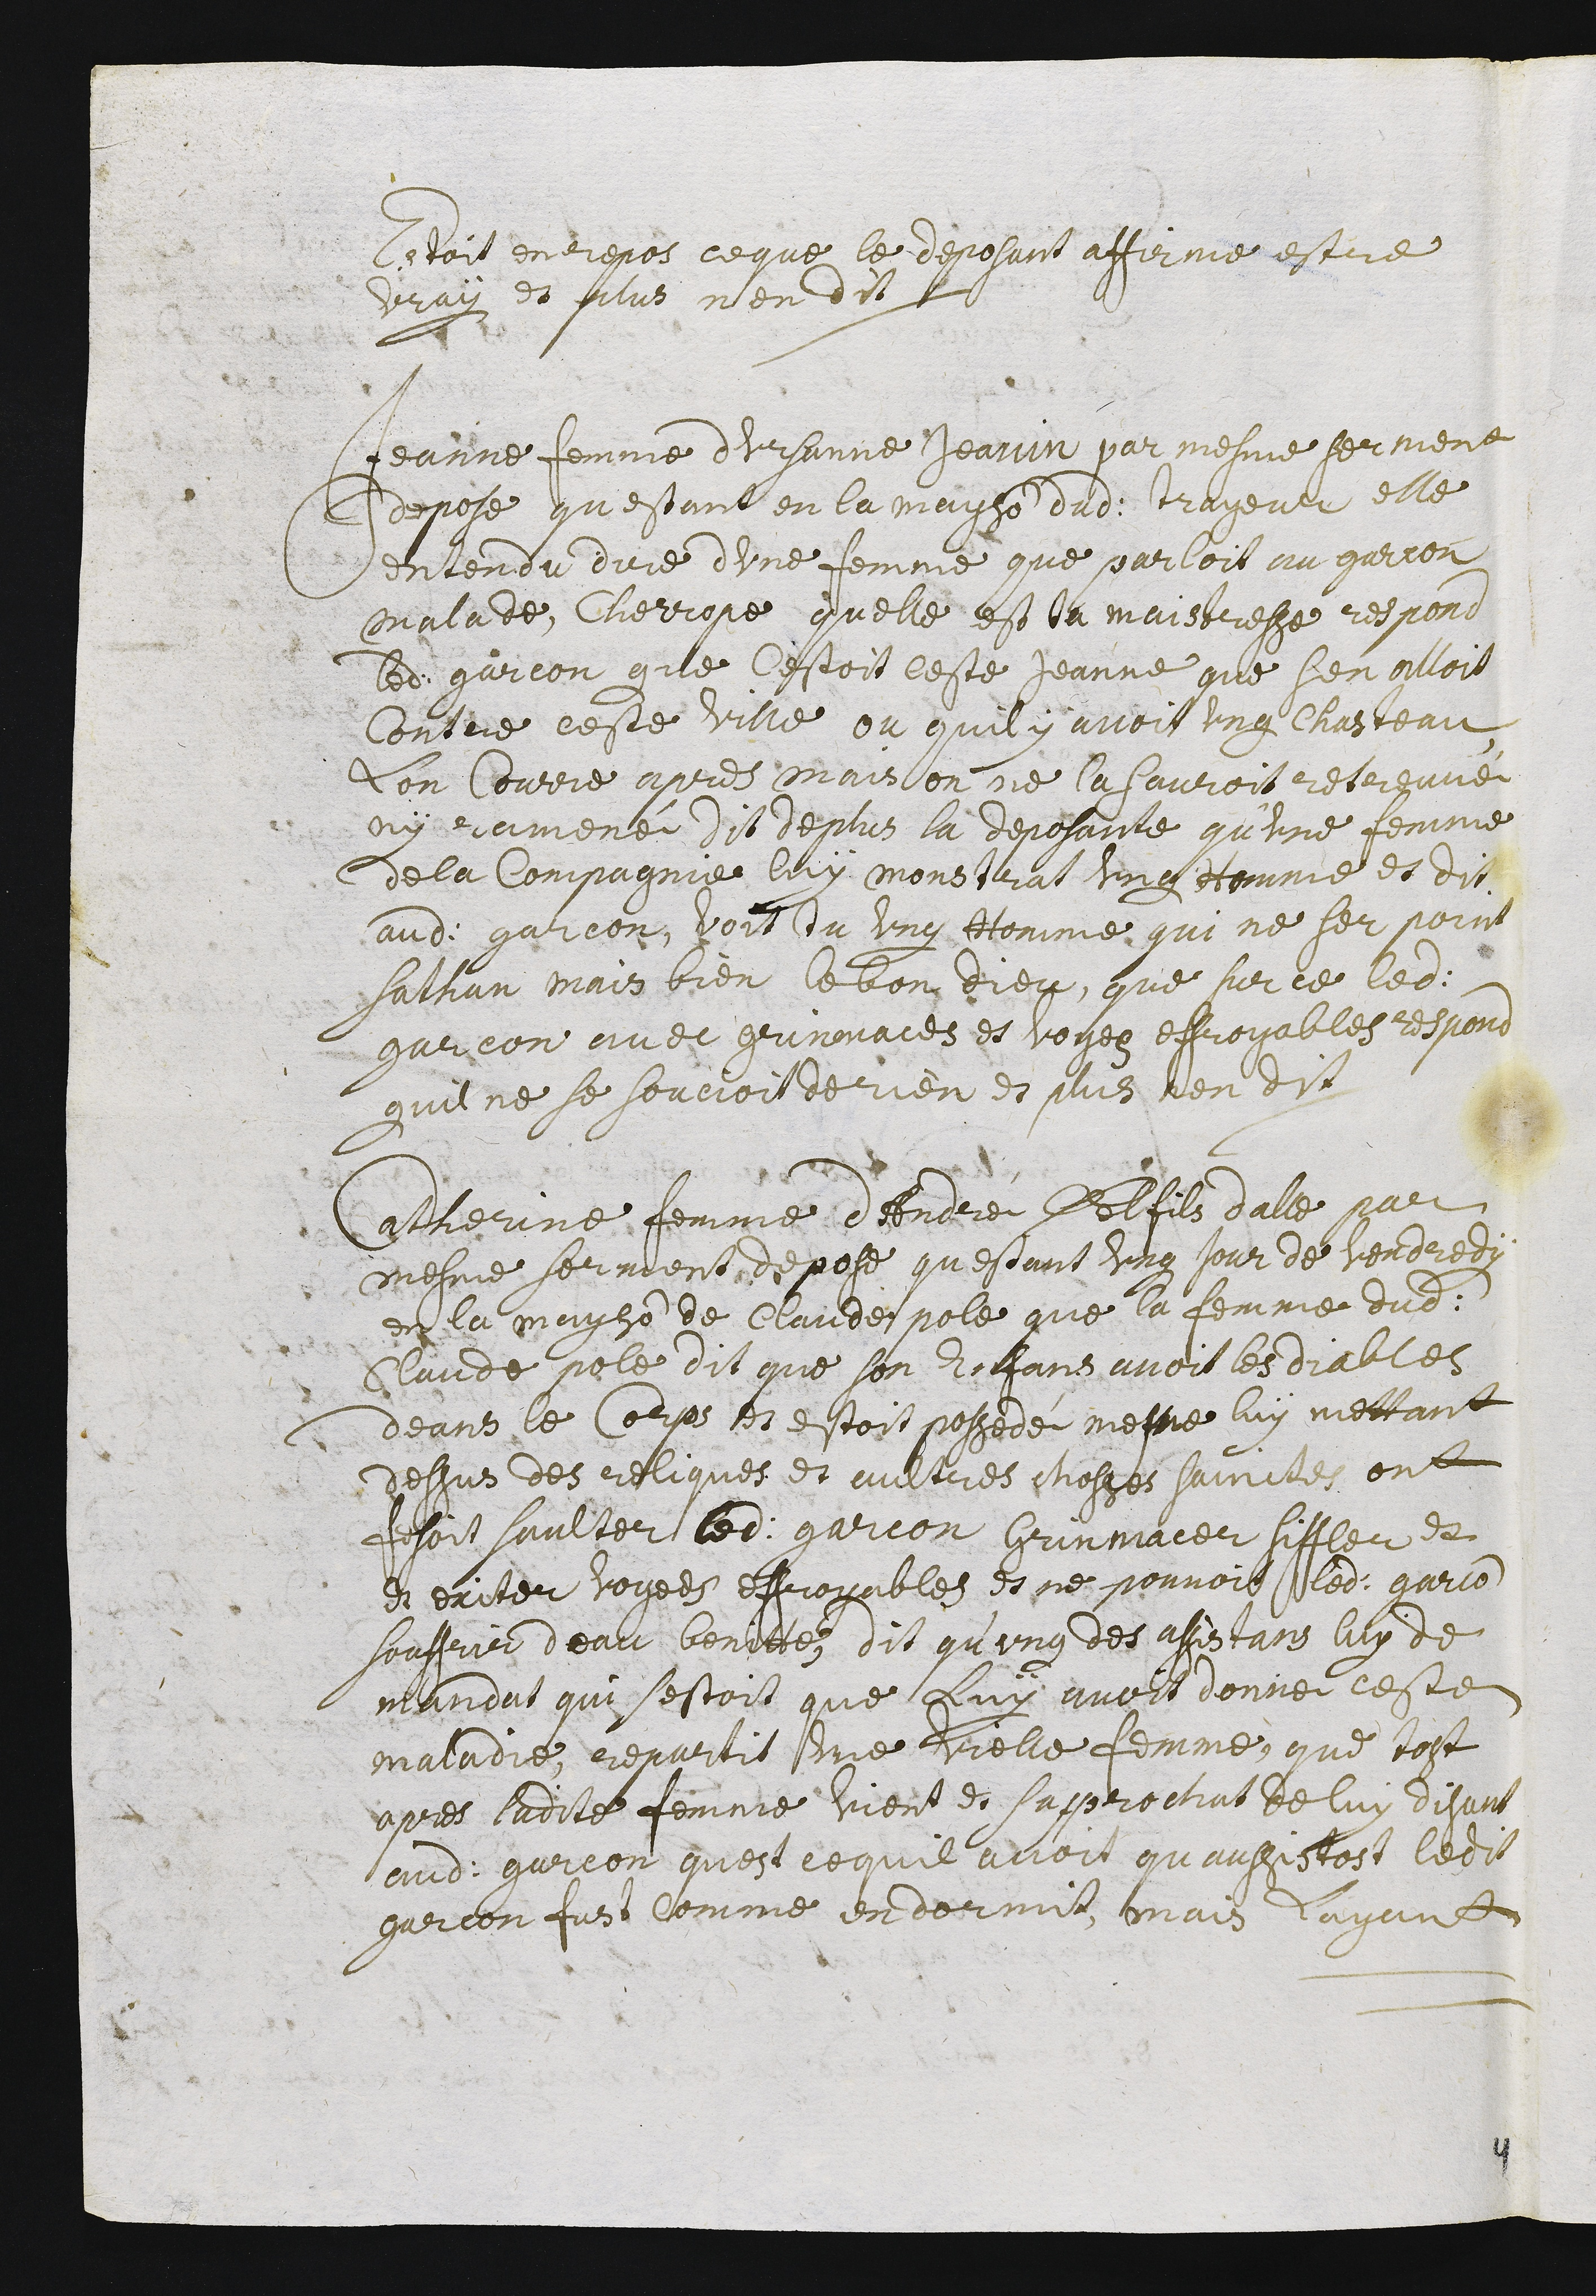
estoit en repos. Ce que le deposant affirme estre
vraÿ et plus n’en dit.
Jeanne femme d’Ursanne Jeanin par mesme sermens
depose qu’estant en la mayson dudit trayeur elle
entendu dire d’une femme que parloit un garcon
malade, Cherrope qu’elle est la maistresse respond
ledit garcon que c’estoit ceste Jeanne que s’en alloit
contre ceste ville ou qu’il ÿ avoit un chasteau
l’on courre apres mais on ne la sauroit retrouvé,
ouÿ ramené. Dit de plus la deposante qu’une femme
de la compagnie luÿ monstrat ung homme et dit
audit garcon, Voit tu ung homme qui ne ser point
Sathan mais bien le bon dieu, que sur ce ledit
garcon avec grimaces et voyes effroyables respond
qu’il ne se soucioit de rien. Et plus n’en dit.
Catherine femme d’André Delfils d’Alle par
mesme serment depose qu’estant un jour de vendredÿ
en la mayson de Claude Pole que la femme dudit
Claude Pole dit que son enfans avoit les diables
deans le corps et estoit possedé. Mesme luÿ mettant
dessus des reliques et aultres chosses sainctes ont
fesoit saulter ledit garcon grinmacer, siffler et
en exiter voyees effroyables et ne pouvoit ledit garcon
souffrir d’eau benitte. Dit qu’ung des assistans luÿ de-
mandat qui s’estoit que luÿ avoit donne ceste
maladie, repartit une vielle femme, que tost
apres ladite femme vient et s’approchat de luÿ disant
audit garcon qu’est ce qu’il avoit qu’aussistost ledit
garcon fust comme endormit, mais l’ayant